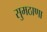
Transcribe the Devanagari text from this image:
सुमठाणा